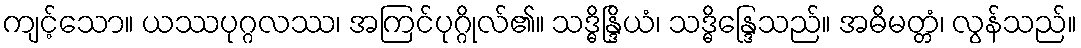
ကျင့်သော။ ယဿပုဂ္ဂလဿ၊ အကြင်ပုဂ္ဂိုလ်၏။ သဒ္ဓိန္ဒြိယံ၊ သဒ္ဓိန္ဒြေသည်။ အဓိမတ္တံ၊ လွန်သည်။